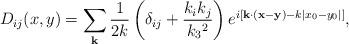
LaTeX: \begin{align*}D_{ij}(x,y)=\sum_{\bf k}\frac{1}{2k}\left(\delta_{ij} +\frac{k_ik_j}{k_3{}^2}\right)e^{i\left[{\bf k\cdot(x-y)}-k|x_0-y_0|\right]},\end{align*}